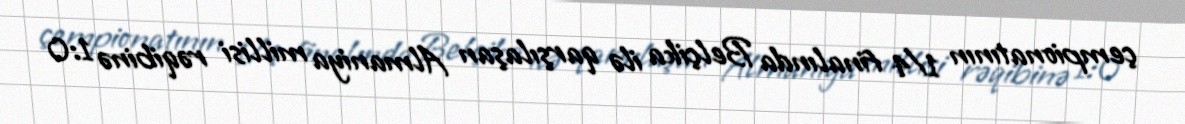
çempionatının 1/4 finalında Belçika ilə qarşılaşan Almaniya millisi rəqibinə 1:0